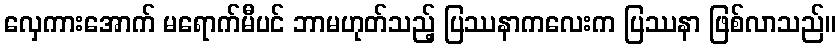
လှေကားအောက် မရောက်မီပင် ဘာမဟုတ်သည့် ပြဿနာကလေးက ပြဿနာ ဖြစ်လာသည်။